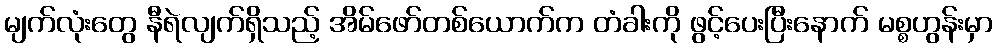
မျက်လုံးတွေ နီရဲလျက်ရှိသည့် အိမ်ဖော်တစ်ယောက်က တံခါးကို ဖွင့်ပေးပြီးနောက် မစ္စဟွန်းမှာ